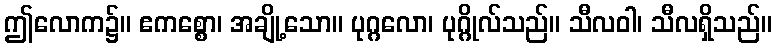
ဤလောက၌။ ဧကစ္စော၊ အချို့သော။ ပုဂ္ဂလော၊ ပုဂ္ဂိုလ်သည်။ သီလဝါ၊ သီလရှိသည်။